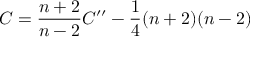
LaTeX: C = \frac { n + 2 } { n - 2 } C ^ { \prime \prime } - \frac { 1 } { 4 } ( n + 2 ) ( n - 2 )